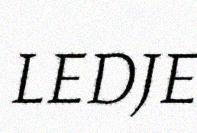
LEDJE